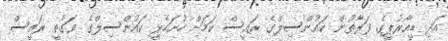
އަދި ޑީއާރުޕީގެ ފަރާތުން ކައުންސިލްގެ ރައީސް ކަމަށް ހުށަހެޅީ ކައުންސިލްގެ ވަގުތީ ރައީސް